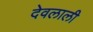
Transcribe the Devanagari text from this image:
देवलाली